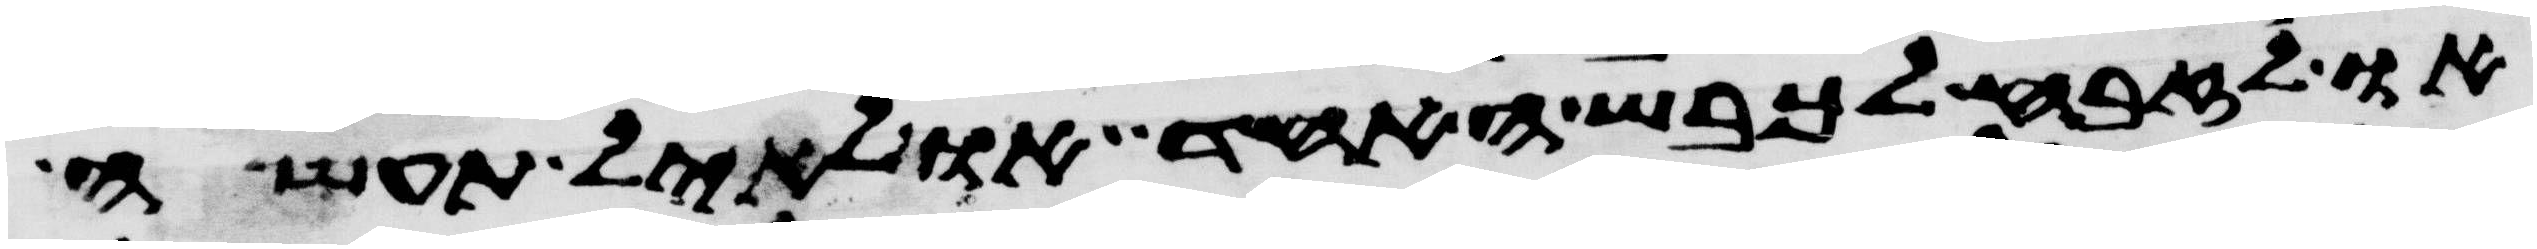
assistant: או לזבח לכבש האחד או לאיל תעשה